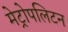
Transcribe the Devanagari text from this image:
मेट्रोपलिटन